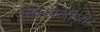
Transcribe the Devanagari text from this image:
मेथडोलॉजी